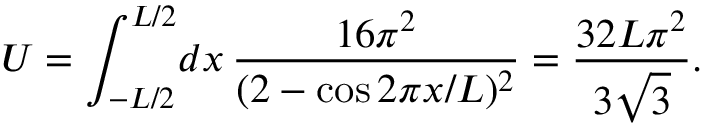
U = \int _ { - L / 2 } ^ { L / 2 } \! d x \, \frac { 1 6 \pi ^ { 2 } } { ( 2 - \cos 2 \pi x / L ) ^ { 2 } } = \frac { 3 2 L \pi ^ { 2 } } { 3 \sqrt { 3 } } .